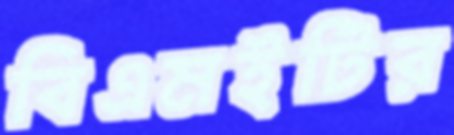
বিএমইটির